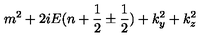
m ^ { 2 } + 2 i E ( n + { \frac { 1 } { 2 } } \pm { \frac { 1 } { 2 } } ) + k _ { y } ^ { 2 } + k _ { z } ^ { 2 }